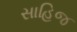
સાહિજ